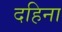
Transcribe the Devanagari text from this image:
दहिना